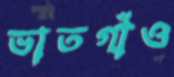
ভাতগাঁও